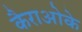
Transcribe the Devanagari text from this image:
कैराओके